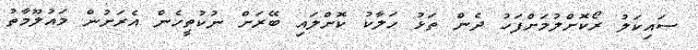
ސައިކަލު ރޯކޮށްލުމަށްފަހު ދެން ތަޅު ހަލާކު ކޮށްލައި ބޭރަށް ނުކުތީހެން އެރަށުން މައުލޫމާތު